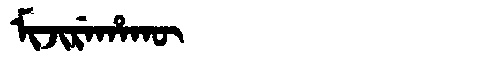
Manchu: ᠮᡳᠵᡳᡵᡝᡥᠠᡴᡡ
Romanization: MIJIREHAKŪ